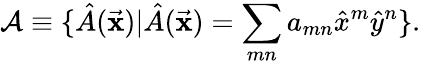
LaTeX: {\cal A}\equiv\{ \hat{A}({\vec{\mathbf x}})|\hat{A}({\vec{\mathbf x}})=\sum_{mn}a_{mn}{\hat{x}}^{m}{\hat{y}}^{n}\} .